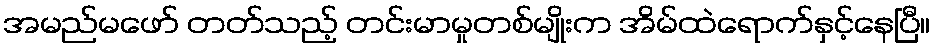
အမည်မဖော် တတ်သည့် တင်းမာမှုတစ်မျိုးက အိမ်ထဲရောက်နှင့်နေပြီ။